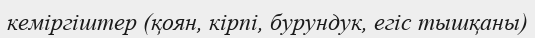
кеміргіштер (қоян, кірпі, бурундук, егіс тышқаны)